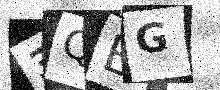
Text: 3QBG